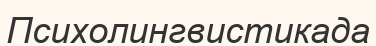
Психолингвистикада